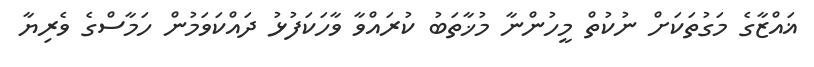
ޣައްޒާގެ މަގުތަކަށް ނުކުތް މީހުންނާ މުޚާތަބު ކުރައްވާ ވާހަކަފުޅު ދައްކަވަމުން ހަމާސްގެ ވެރިޔާ